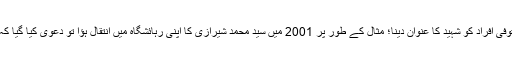
شہید سازی کا منصوبہ نافذ کرکے بعض متوفی افراد کو شہید کا عنوان دینا؛ مثال کے طور پر 2001 میں سید محمد شیرازی کا اپنی رہائشگاہ میں انتقال ہؤا تو دعوی کیا گیا کہ انہیں تشدد کا نشانہ بنا کر شہید کیا گیا ہے۔